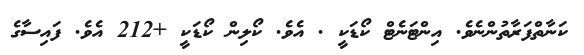
ކަނާތްފަރާތުންނެވެ. އިންޓަނެޓް ކޯޑަކީ . އެވެ. ކޯލިން ކޯޑަކީ +212 އެވެ. ފައިސާގެ